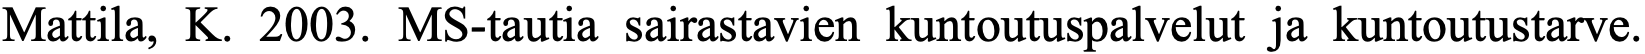
Mattila, K. 2003. MS-tautia sairastavien kuntoutuspalvelut ja kuntoutustarve.